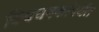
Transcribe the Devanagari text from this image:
विश्वचषकांपर्यंत